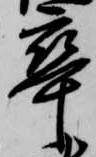
卒